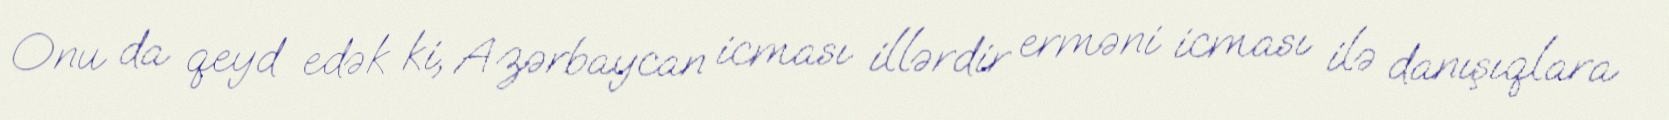
Onu da qeyd edək ki, Azərbaycan icması illərdir erməni icması ilə danışıqlara